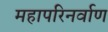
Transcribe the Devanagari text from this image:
महापरिनर्वाण